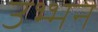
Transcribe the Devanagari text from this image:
उभ्भन